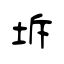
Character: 坼